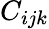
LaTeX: C_{ijk}